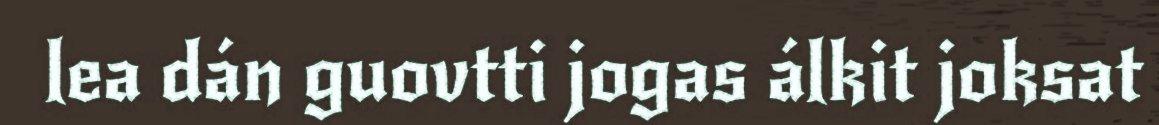
lea dán guovtti jogas álkit joksat